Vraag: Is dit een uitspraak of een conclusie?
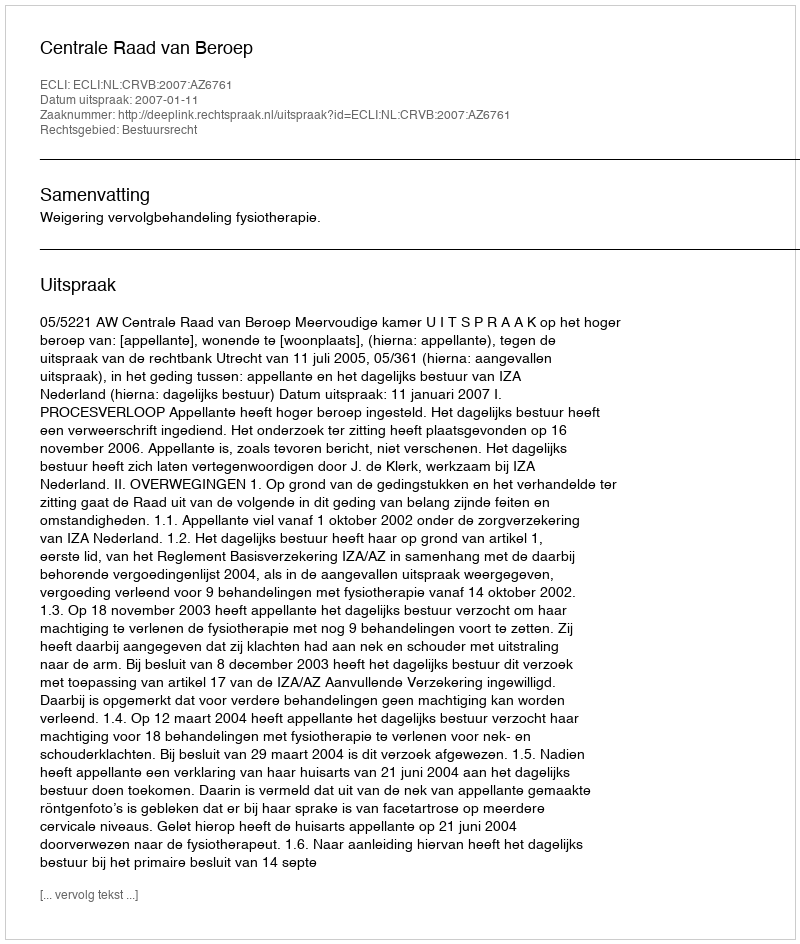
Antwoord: Uitspraak